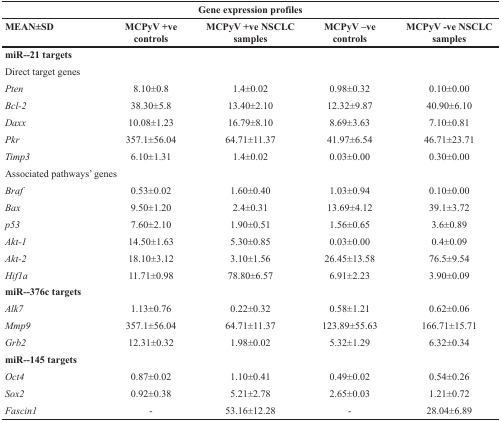
<table><thead><tr><td colspan="5"><b>Gene expression profiles</b></td></tr><tr><td><b>MEAN±SD</b></td><td><b>MCPyV +ve controls</b></td><td><b>MCPyV +ve NSCLC samples</b></td><td><b>MCPyV –ve controls</b></td><td><b>MCPyV -ve NSCLC samples</b></td></tr></thead><tbody><tr><td><b>miR--21 targets</b></td><td></td><td></td><td></td><td></td></tr><tr><td>Direct target genes</td><td></td><td></td><td></td><td></td></tr><tr><td><i>Pten</i></td><td>8.10±0.8</td><td>1.4±0.02</td><td>0.98±0.32</td><td>0.10±0.00</td></tr><tr><td><i>Bcl-2</i></td><td>38.30±5.8</td><td>13.40±2.10</td><td>12.32±9.87</td><td>40.90±6.10</td></tr><tr><td><i>Daxx</i></td><td>10.08±1.23</td><td>16.79±8.10</td><td>8.69±3.63</td><td>7.10±0.81</td></tr><tr><td><i>Pkr</i></td><td>357.1±56.04</td><td>64.71±11.37</td><td>41.97±6.54</td><td>46.71±23.71</td></tr><tr><td><i>Timp3</i></td><td>6.10±1.31</td><td>1.4±0.02</td><td>0.03±0.00</td><td>0.30±0.00</td></tr><tr><td>Associated pathways’ genes</td><td></td><td></td><td></td><td></td></tr><tr><td><i>Braf</i></td><td>0.53±0.02</td><td>1.60±0.40</td><td>1.03±0.94</td><td>0.10±0.00</td></tr><tr><td><i>Bax</i></td><td>9.50±1.20</td><td>2.4±0.31</td><td>13.69±4.12</td><td>39.1±3.72</td></tr><tr><td><i>p53</i></td><td>7.60±2.10</td><td>1.90±0.51</td><td>1.56±0.65</td><td>3.6±0.89</td></tr><tr><td><i>Akt-1</i></td><td>14.50±1.63</td><td>5.30±0.85</td><td>0.03±0.00</td><td>0.4±0.09</td></tr><tr><td><i>Akt-2</i></td><td>18.10±3.12</td><td>3.10±1.56</td><td>26.45±13.58</td><td>76.5±9.54</td></tr><tr><td><i>Hif1a</i></td><td>11.71±0.98</td><td>78.80±6.57</td><td>6.91±2.23</td><td>3.90±0.09</td></tr><tr><td><b>miR--376c targets</b></td><td></td><td></td><td></td><td></td></tr><tr><td><i>Alk7</i></td><td>1.13±0.76</td><td>0.22±0.32</td><td>0.58±1.21</td><td>0.62±0.06</td></tr><tr><td><i>Mmp9</i></td><td>357.1±56.04</td><td>64.71±11.37</td><td>123.89±55.63</td><td>166.71±15.71</td></tr><tr><td><i>Grb2</i></td><td>12.31±0.32</td><td>1.98±0.02</td><td>5.32±1.29</td><td>6.32±0.34</td></tr><tr><td><b>miR--145 targets</b></td><td></td><td></td><td></td><td></td></tr><tr><td><i>Oct4</i></td><td>0.87±0.02</td><td>1.10±0.41</td><td>0.49±0.02</td><td>0.54±0.26</td></tr><tr><td><i>Sox2</i></td><td>0.92±0.38</td><td>5.21±2.78</td><td>2.65±0.03</td><td>1.21±0.72</td></tr><tr><td><i>Fascin1</i></td><td>-</td><td>53.16±12.28</td><td>-</td><td>28.04±6.89</td></tr></tbody></table>